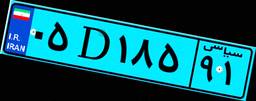
۰۵D۱۸۵۹۱